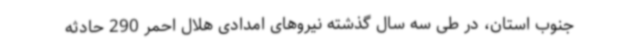
جنوب استان، در طی سه سال گذشته نیروهای امدادی هلال احمر 290 حادثه